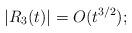
LaTeX: \begin{align*}|R_3(t)|=O(t^{3/2});\end{align*}